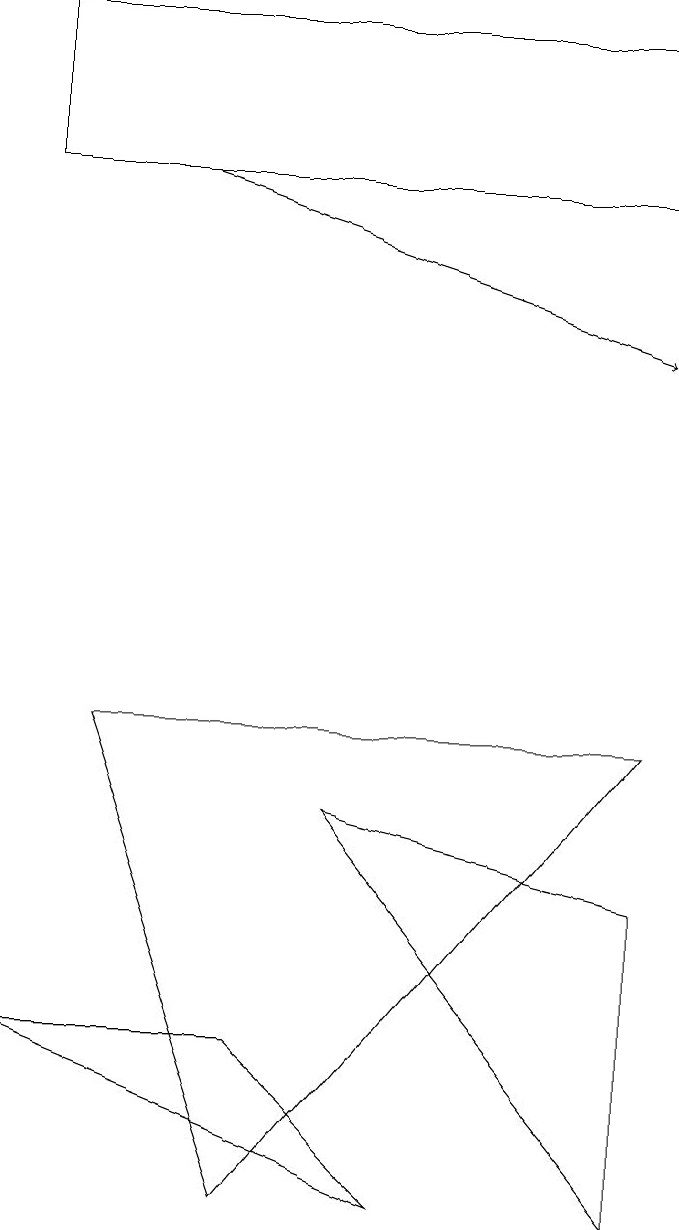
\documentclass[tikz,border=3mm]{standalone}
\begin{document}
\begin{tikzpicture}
\draw (1,6) -- (8,6) -- (3,0) -- cycle;
\draw (0,15) rectangle (8,13);
\draw[->] (2,13) -- (8,11);
\draw (8,0) -- (4,5) -- (8,4) -- cycle;
\draw (5,0) -- (0,2) -- (3,2) -- cycle;
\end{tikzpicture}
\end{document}